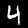
Digit: 4